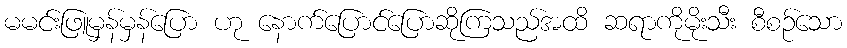
မမင်းဖြူမှန်မှန်ပြော ဟု နောက်ပြောင်ပြောဆိုကြသည်အထိ ဆရာကိုမိုးသီး စီစဉ်သော